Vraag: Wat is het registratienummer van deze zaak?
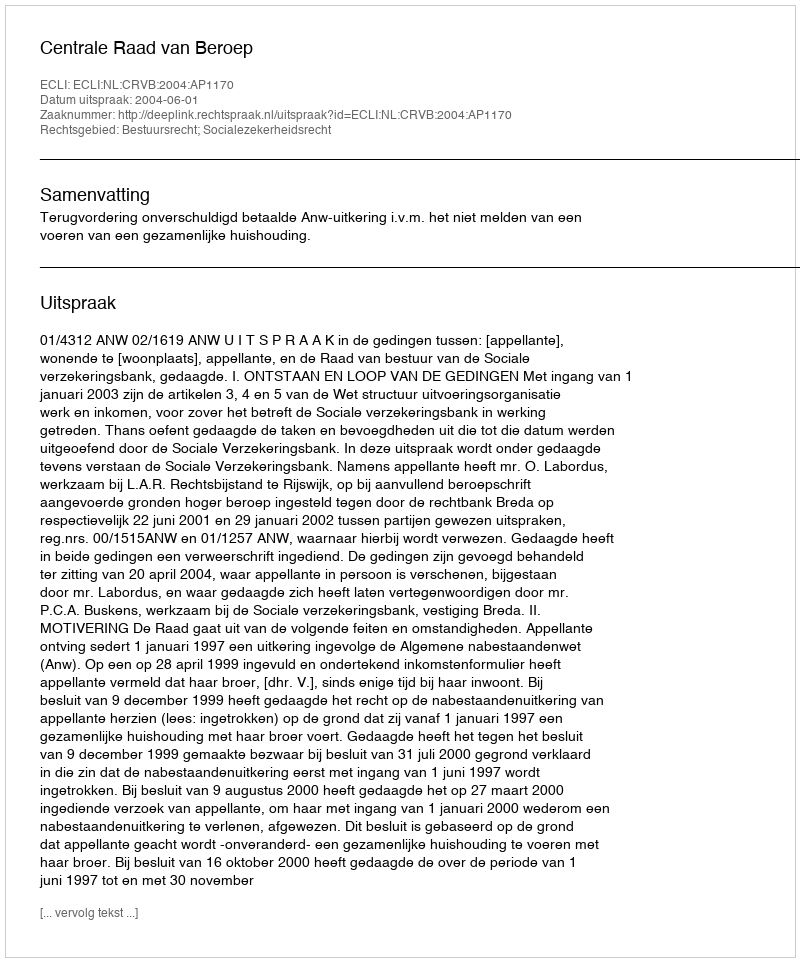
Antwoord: http://deeplink.rechtspraak.nl/uitspraak?id=ECLI:NL:CRVB:2004:AP1170